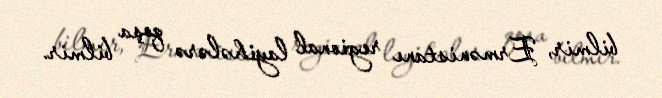
bilmir, Ermənistanı regional layihələrə qoşa bilmir.